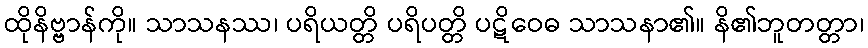
ထိုနိဗ္ဗာန်ကို။ သာသနဿ၊ ပရိယတ္တိ ပရိပတ္တိ ပဋိဝေဓ သာသနာ၏။ နိ၏ဘူတတ္တာ၊